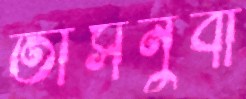
তাসনুবা